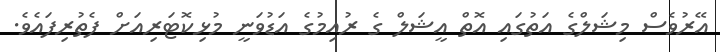
އޭރުވެސް މިޝަލްގެ އަތުގައި އޮތް އީޝަލް ގެ ރުއިމުގެ އަޑުވަނީ މުޅިކޮޓަރިއަށް ފެތުރިފައެވެ.